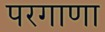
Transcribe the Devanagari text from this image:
परगाणा